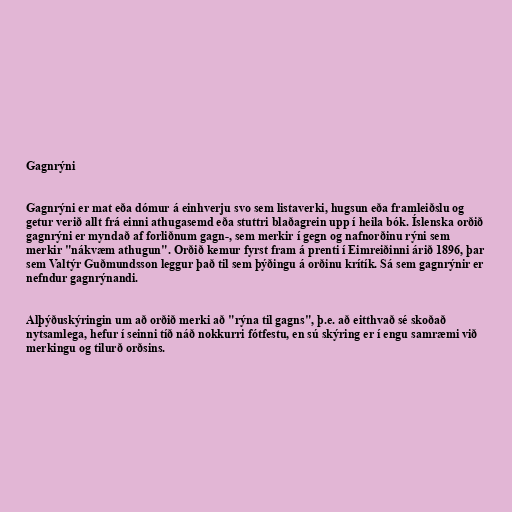
Gagnrýni

Gagnrýni er mat eða dómur á einhverju svo sem listaverki, hugsun eða framleiðslu og
getur verið allt frá einni athugasemd eða stuttri blaðagrein upp í heila bók. Íslenska orðið
gagnrýni er myndað af forliðnum gagn-, sem merkir í gegn og nafnorðinu rýni sem
merkir "nákvæm athugun". Orðið kemur fyrst fram á prenti í Eimreiðinni árið 1896, þar
sem Valtýr Guðmundsson leggur það til sem þýðingu á orðinu krítík. Sá sem gagnrýnir er
nefndur gagnrýnandi.

Alþýðuskýringin um að orðið merki að "rýna til gagns", þ.e. að eitthvað sé skoðað
nytsamlega, hefur í seinni tíð náð nokkurri fótfestu, en sú skýring er í engu samræmi við
merkingu og tilurð orðsins.